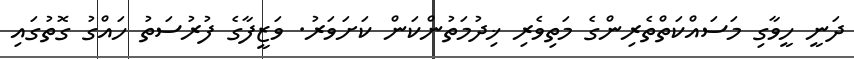
ދަނީ ހީވާގި މަސައްކަތްތެރިންގެ މަތިވެރި ޚިދުމަތުންކަން ކަށަވަރު. ވަޒީފާގެ ފުރުސަތު ހައްގު ގޮތުގައި